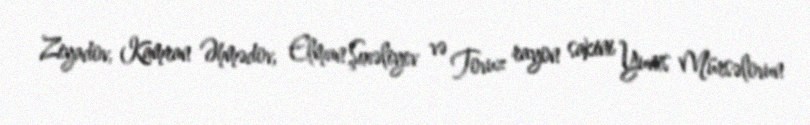
Ziyadov, Kamran Əhmədov, Elman Şıxəliyev və Tovuz rayon sakini Yunis Mürsəlovun